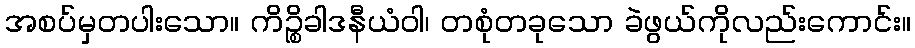
အစပ်မှတပါးသော။ ကိဉ္စိခါဒနီယံဝါ၊ တစုံတခုသော ခဲဖွယ်ကိုလည်းကောင်း။